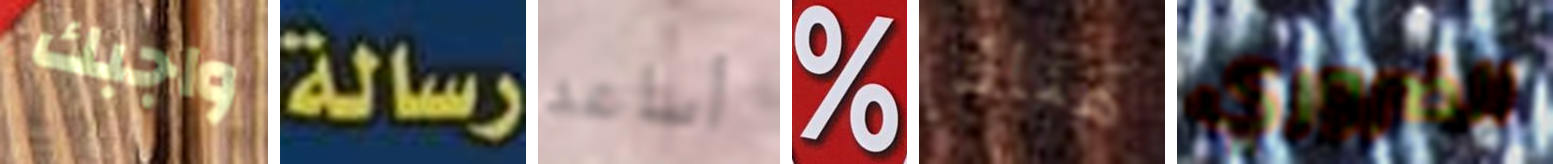
واجبك رسالة أساعد % هناك الضروري